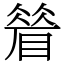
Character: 䁞